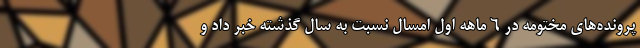
پرونده‌های مختومه در ۶ ماهه اول امسال نسبت به سال گذشته خبر داد و